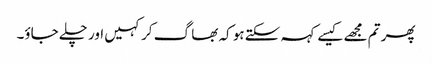
پھر تم مجھے کیسے کہہ سکتے ہو کہ بھا گ کر کہیں اور چلے جاؤ۔